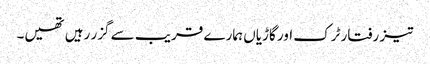
تیز رفتار ٹرک اور گاڑیاں ہمارے قریب سے گزر رہیں تھیں۔